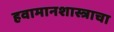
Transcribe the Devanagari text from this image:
हवामानशास्त्राचा